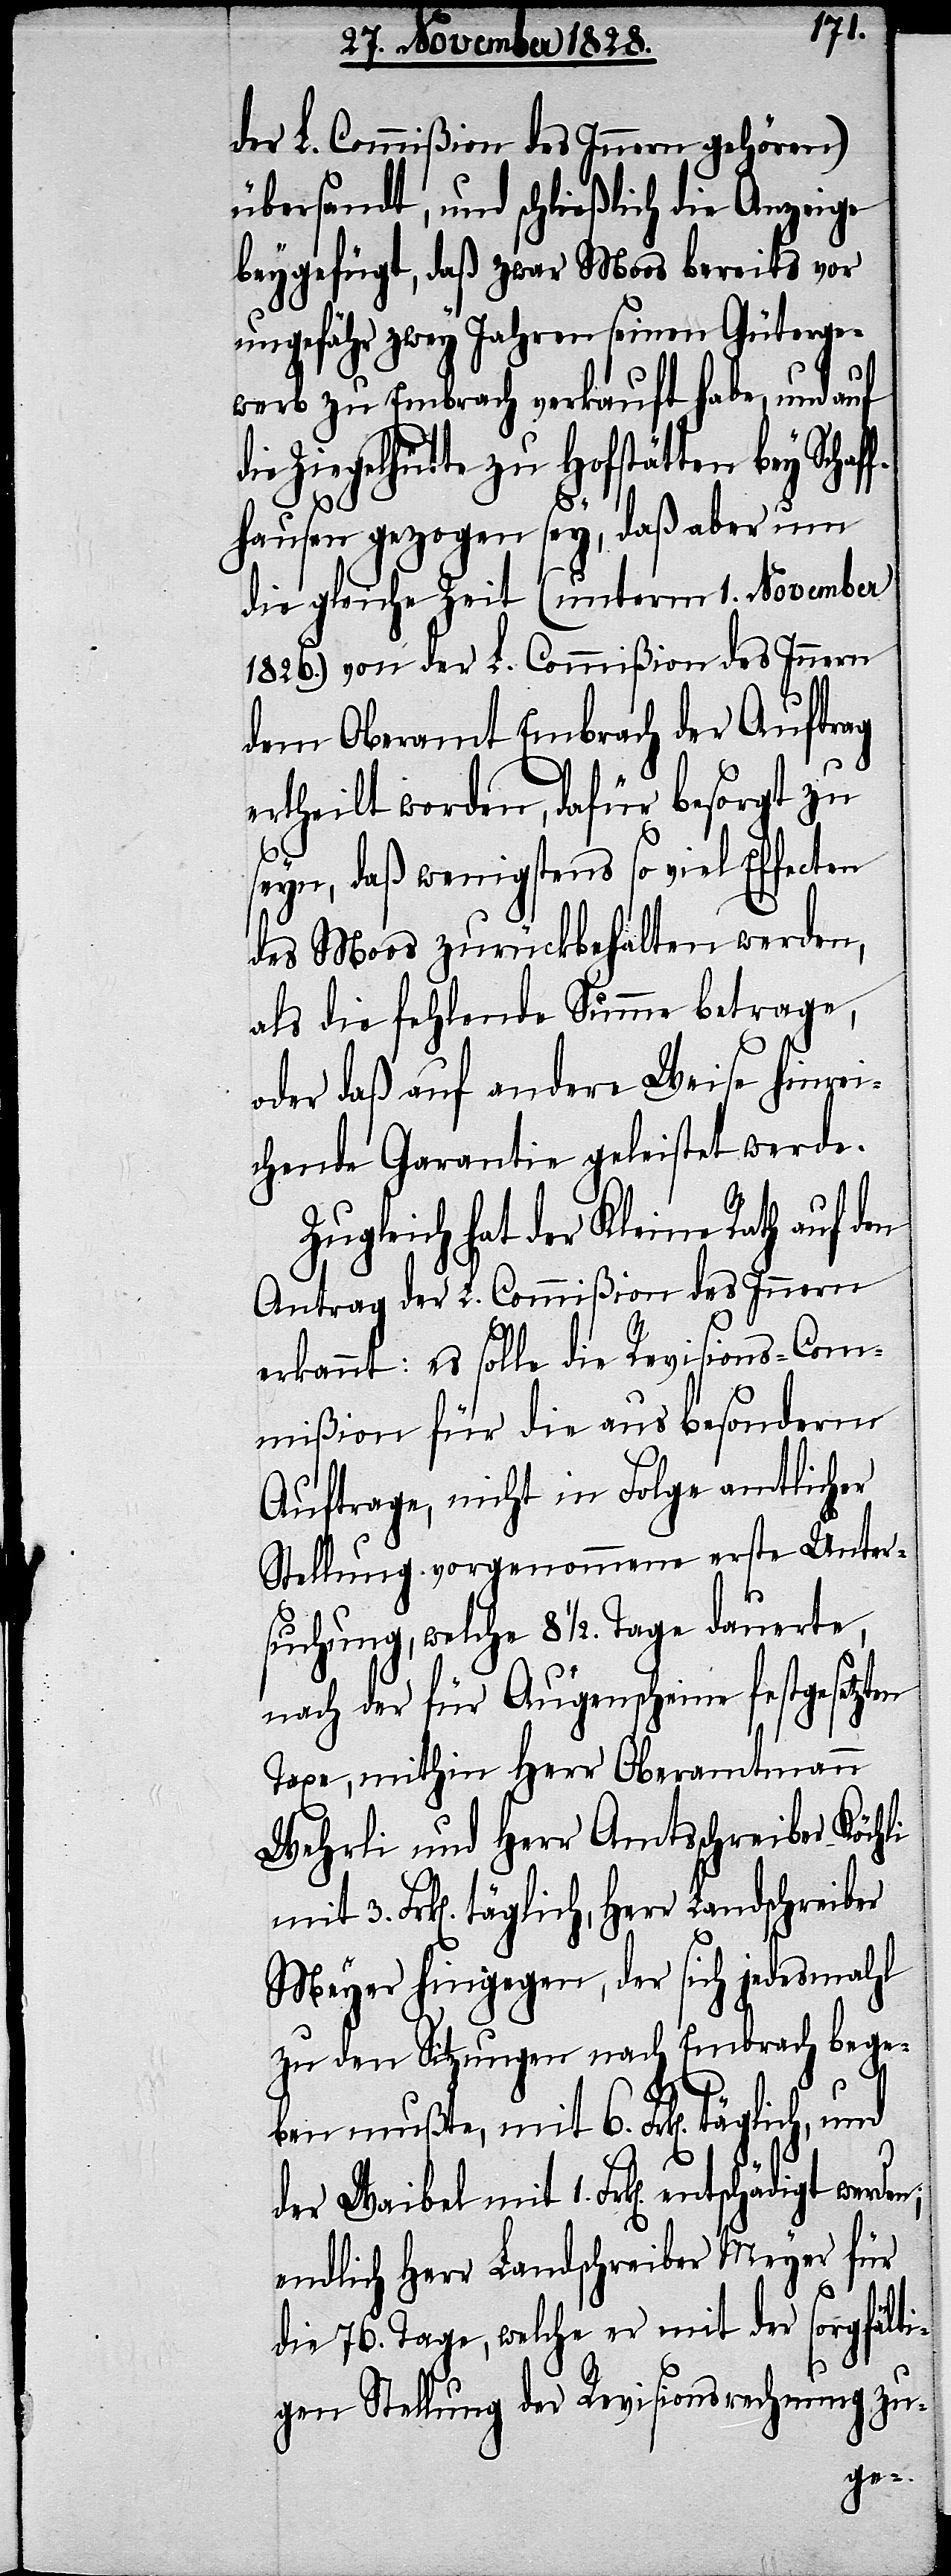
der L. Commißion des Innern gehören)
übersandt, und schließlich die Anzeige
beygefügt, daß zwar Moos bereits vor
ungefähr zwey Jahren seinen Güterge¬
werb zu Embrach verkauft habe, und auf
Ziegelhütte zu Hofstätten bey Schaf¬
fhausen gezogen sey, daß aber um
die gleiche Zeit (unterm 1. November
1826.) von der L. Commißion des Innern
dem Oberamt Embrach der Auftrag
ertheilt worden, dafür besorgt zu
seyn, daß wenigstens so viel Effecten
des Moos zurückbehalten werden,
als die fehlende Summe betrage,
oder daß auf andere Weise hinrei¬
chende Garantie geleistet werde.
Zugleich hat der Kleine Rath auf den
Antrag der L. Commißion des Innern
erkannt: es solle die Revisions-Com¬
mißion für die aus besonderm
Auftrage, nicht in Folge amtlicher
Stellung vorgenommene erste Unter¬
suchung, welche 8 1/2 Tage dauerte,
nach der für Augenscheine festgesetzten
Taxe, mithin Herr Oberamtmann
Wehrli und Herr Amtsschreiber Köchli
Frk[en]. täglich, Herr Landschreiber
Meyer hingegen, der sich jedesmahl
zu den Sitzungen nach Embrach bege¬
ben mußte, mit 6. Frk[en].
der Waibel mit 1. Frk[en]. entschädigt
endlich Herr Landschreiber Meyer für
die 76. Tage, welche er mit der sorgfälti¬
gen Stellung der Revisionsrechnung zu-